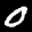
Label: 0